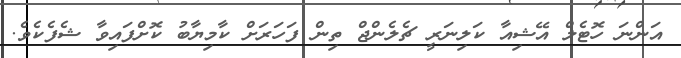
އަންނަ ހޮޓެލް އޭޝިއާ ކަލިނަރީ ޗެލެންޖް ތިން ފަހަރަށް ކާމިޔާބު ކޮށްފައިވާ ޝެފެކެވެ.